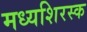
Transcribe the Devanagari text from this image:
मध्यशिरस्क